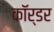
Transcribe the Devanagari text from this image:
कॉर्डर